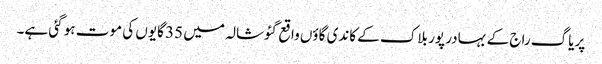
پریاگ راج کے بہادر پور بلاک کے کاندی گاؤں واقع گئوشالہ میں 35 گایوں کی موت ہو گئی ہے۔